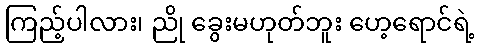
ကြည့်ပါလား၊ ညို ခွေးမဟုတ်ဘူး ဟေ့ရောင်ရဲ့